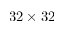
3 2 \times 3 2